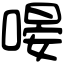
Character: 𠹵